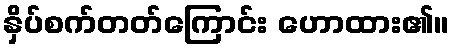
နှိပ်စက်တတ်ကြောင်း ဟောထား၏။